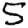
Digit: 5